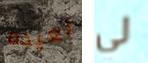
نعيده لي